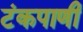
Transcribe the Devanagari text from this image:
टंकपाणी